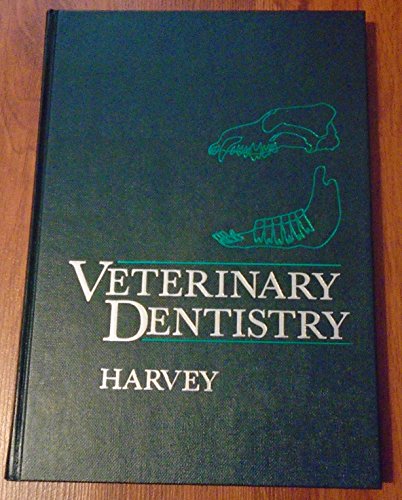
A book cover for Veterinary Dentistry; Colin E. Harvey; Medical Books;